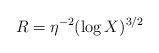
LaTeX: \begin{align*}R=\eta^{-2} (\log X)^{3/2}\end{align*}